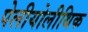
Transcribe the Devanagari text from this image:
पेलीयोलीथिक